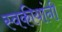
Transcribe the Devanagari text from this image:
स्वकीयांनी